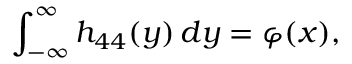
\int _ { - \infty } ^ { \infty } h _ { 4 4 } ( y ) \, d y = \varphi ( x ) ,